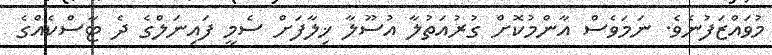
މުވައްޒަފުނެވެ. ނަމަވެސް އާންމުކޮށް ގުރުއަތުލާ އުސޫލާ ޚިލާފަށް ސެމީ ފައިނަލްގެ ދެ ޓާސްކެއްގެ